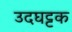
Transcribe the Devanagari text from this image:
उदघट्टक